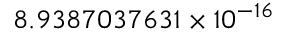
8 . 9 3 8 7 0 3 7 6 3 1 \times 1 0 ^ { - 1 6 }